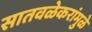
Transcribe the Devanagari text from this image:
सातवळेकरांमुळे